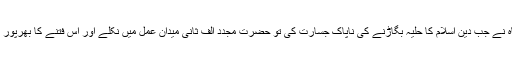
اکبر بادشاہ نے جب دین اسلام کا حلیہ بگاڑنے کی ناپاک جسارت کی تو حضرت مجدد الف ثانیؒ میدان عمل میں نکلے اور اس فتنے کا بھرپور مقابلہ کیا۔